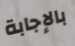
بالإجابة